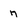
Character: n